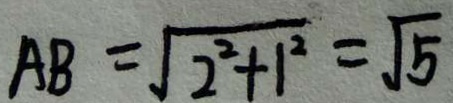
A B = \sqrt { 2 ^ { 2 } + 1 ^ { 2 } } = \sqrt { 5 }